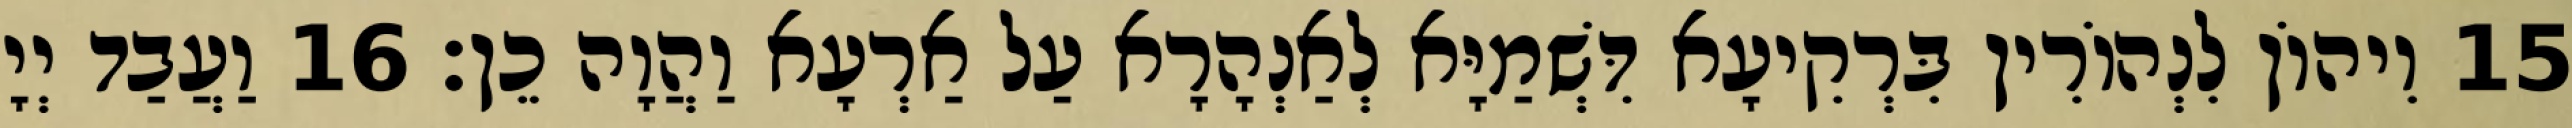
15 וִיהוֹן לִנְהוֹרִין בִּרְקִיעָא דִּשְׁמַיָּא לְאַנְהָרָא עַל אַרְעָא וַהֲוָה כֵן׃ 16 וַעֲבַד יְיָ